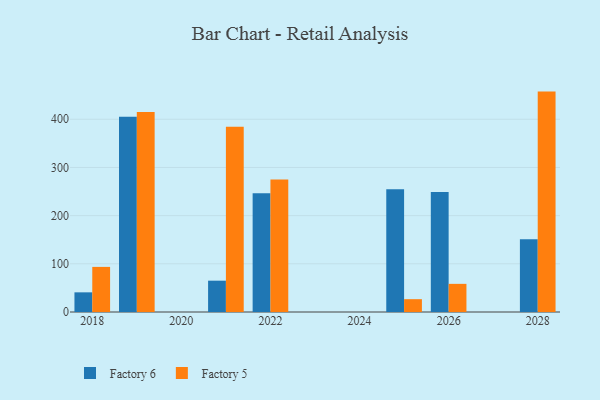
{"axis": {"x": "Year", "y": "Bounce Rate (%)"}, "legend": ["Factory 5", "Factory 6"], "data": [{"x": "2021", "y": 65.0, "type": "Factory 6"}, {"x": "2021", "y": 384.5, "type": "Factory 5"}, {"x": "2025", "y": 254.7, "type": "Factory 6"}, {"x": "2025", "y": 26.6, "type": "Factory 5"}, {"x": "2026", "y": 249.0, "type": "Factory 6"}, {"x": "2026", "y": 58.4, "type": "Factory 5"}, {"x": "2019", "y": 405.4, "type": "Factory 6"}, {"x": "2019", "y": 414.9, "type": "Factory 5"}, {"x": "2028", "y": 150.8, "type": "Factory 6"}, {"x": "2028", "y": 457.4, "type": "Factory 5"}, {"x": "2018", "y": 40.8, "type": "Factory 6"}, {"x": "2018", "y": 93.6, "type": "Factory 5"}, {"x": "2022", "y": 246.6, "type": "Factory 6"}, {"x": "2022", "y": 275.1, "type": "Factory 5"}]}